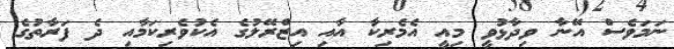
ނަމަވެސް އޭނާ ވިދާޅުވީ މިއީ އެމެރިކާ އާއި އިޒްރޭލުގެ އެކުވެރިކަމާއި ދެ ފަރާތުގެ